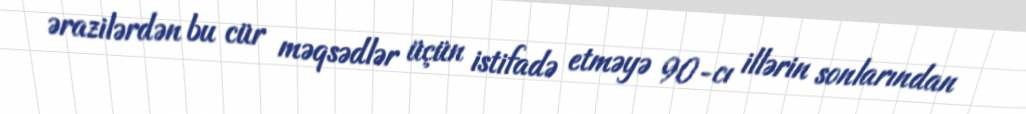
ərazilərdən bu cür məqsədlər üçün istifadə etməyə 90-cı illərin sonlarından